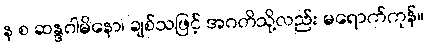
န စ ဆန္ဒဂါမိနော၊ ချစ်သဖြင့် အဂတိသို့လည်း မရောက်ကုန်။